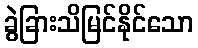
ခွဲခြားသိမြင်နိုင်သော